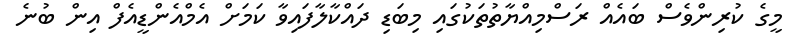
މީގެ ކުރިންވެސް ބައެއް ރަސްމިއްޔާތުތަކުގައި މިބަޑި ދައްކާލާފައިވާ ކަމަށް އެމްއެންޑީއެފް އިން ބުނެ